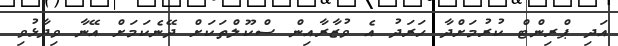
އަދި ޕްރިންޓް ކުރުމަށްދާ ހަރަދު އެ ވުޒާރާއިން ސްކޫލްތަކަށް ދޭނެކަމަށް އޭނާ ވިދާޅުވި